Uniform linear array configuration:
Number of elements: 64
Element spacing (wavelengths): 0.25
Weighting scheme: blackman
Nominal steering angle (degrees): -15
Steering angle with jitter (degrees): -14.339
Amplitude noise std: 0.05
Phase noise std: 0.05

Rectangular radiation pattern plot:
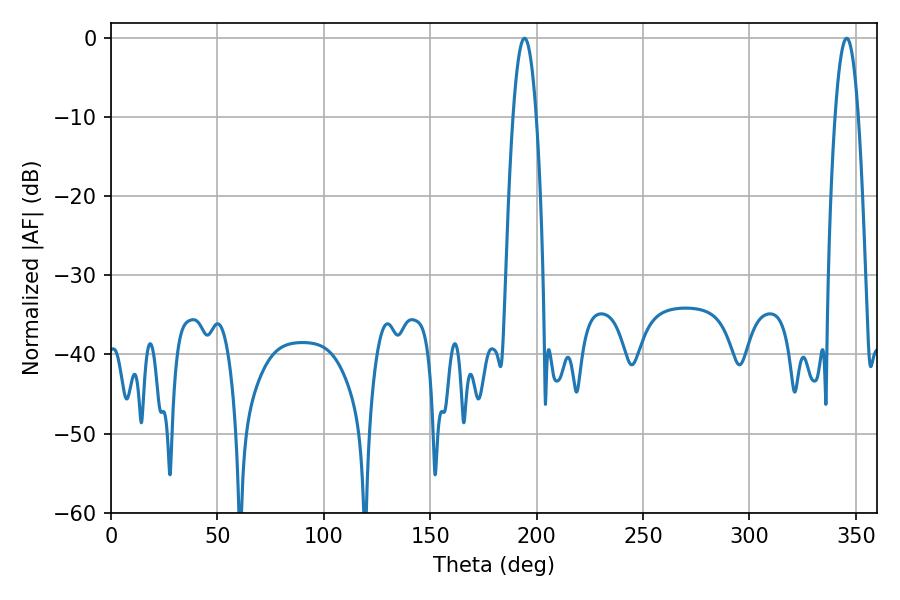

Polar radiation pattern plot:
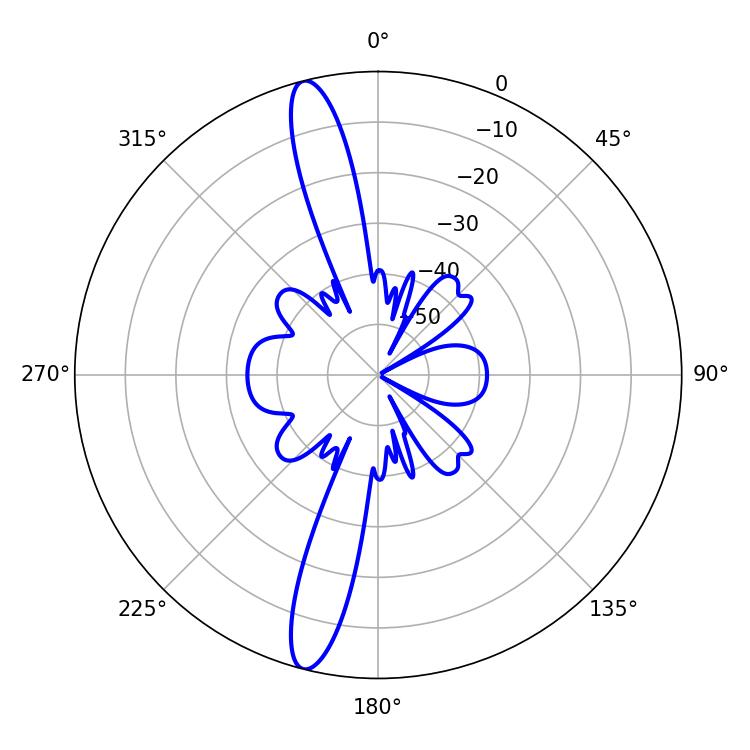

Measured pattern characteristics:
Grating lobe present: FALSE
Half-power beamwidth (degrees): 5.94
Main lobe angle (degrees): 194.22